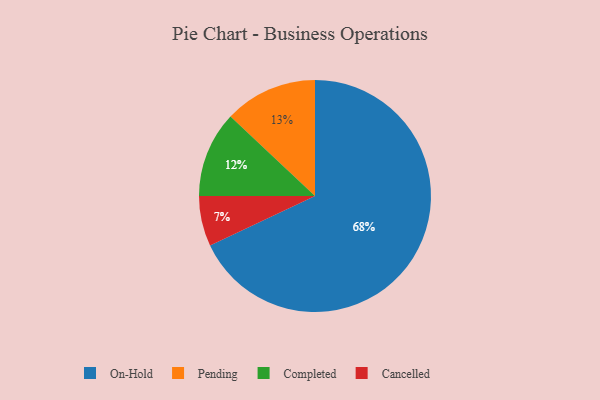
{"axis": {"x": "Category", "y": "Percentage"}, "legend": ["Cancelled", "Completed", "On-Hold", "Pending"], "data": [{"x": "Completed", "y": 12, "type": "Completed"}, {"x": "Pending", "y": 13, "type": "Pending"}, {"x": "On-Hold", "y": 68, "type": "On-Hold"}, {"x": "Cancelled", "y": 7, "type": "Cancelled"}]}